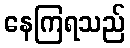
နေကြရသည်